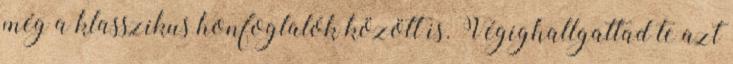
még a klasszikus honfoglalók között is. Végighallgattad te azt